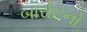
બારોટનો